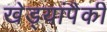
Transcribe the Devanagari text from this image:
खेड्यांपैकी